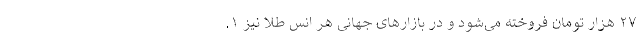
۲۷ هزار تومان فروخته می‌شود و در بازارهای جهانی هر انس طلا نیز ۱.